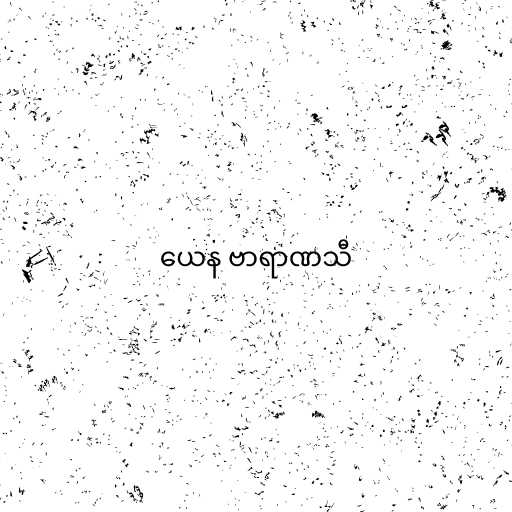
ယေန ဗာရာဏသီ